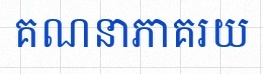
គណនាភាគរយ